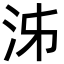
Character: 泲